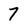
Character: 7